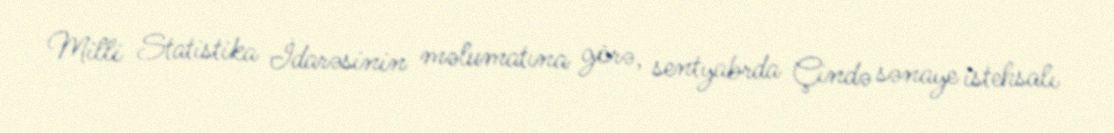
Milli Statistika İdarəsinin məlumatına görə, sentyabrda Çində sənaye istehsalı